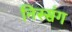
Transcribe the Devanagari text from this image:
निस्संग